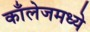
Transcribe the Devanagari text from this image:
काँलेजमध्ये